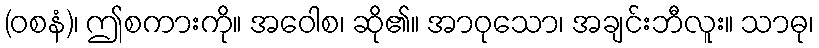
(ဝစနံ)၊ ဤစကားကို။ အဝေါစ၊ ဆို၏။ အာဝုသော၊ အချင်းဘီလူး။ သာဓု၊